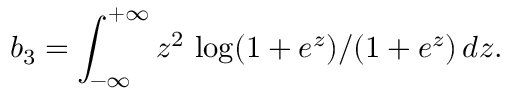
b _ { 3 } = \int _ { - \infty } ^ { + \infty } z ^ { 2 } \, \log ( 1 + e ^ { z } ) / ( 1 + e ^ { z } ) \, d z .